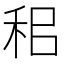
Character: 𥞐